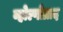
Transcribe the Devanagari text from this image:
व्होल्गोग्राद